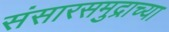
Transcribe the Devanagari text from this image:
संसारसमुद्राच्या